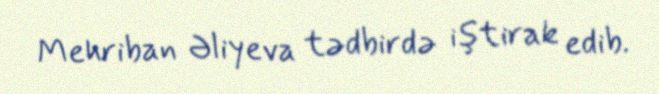
Mehriban Əliyeva tədbirdə iştirak edib.